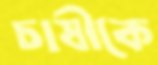
চাষীকে